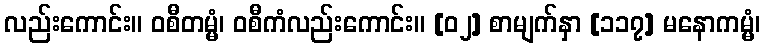
လည်းကောင်း။ ဝစီတမ္မံ၊ ဝစီကံလည်းကောင်း။ [၀၂] စာမျက်နှာ [၁၁၇] မနောကမ္မံ၊